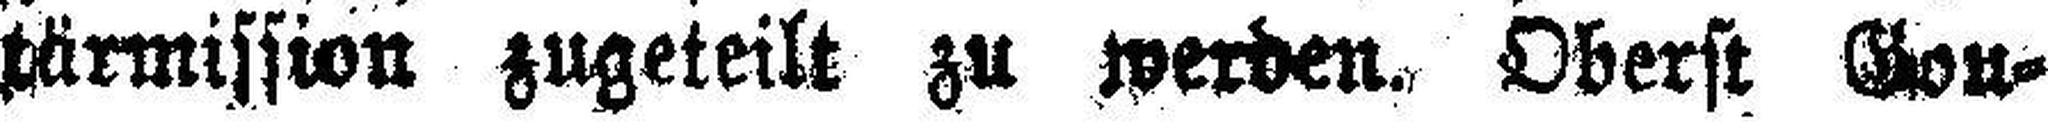
tärmission zugeteilt zu werden. Oberst Gou¬